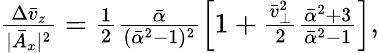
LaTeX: \begin{array}{r}{\frac{\Delta\bar{v}_{z}}{|\bar{A}_{x}|^{2}}=\frac{1}{2}\frac{\bar{\alpha}}{(\bar{\alpha}^{2}-1)^{2}}\left[1+\frac{\bar{v}_{\perp}^{2}}{2}\frac{\bar{\alpha}^{2}+3}{\bar{\alpha}^{2}-1}\right],}\end{array}